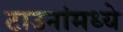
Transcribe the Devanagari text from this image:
टाउनांमध्ये